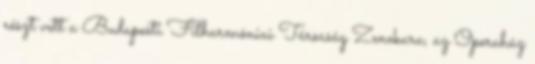
részt vett a Budapesti Filharmóniai Társaság Zenekara, az Operaház